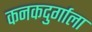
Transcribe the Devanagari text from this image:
कनकदुर्गाला